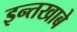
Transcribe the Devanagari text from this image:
इन्तखाबे